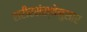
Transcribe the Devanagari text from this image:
शरीरसंस्थेनुसार